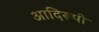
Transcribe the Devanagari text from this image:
आदिरूपी